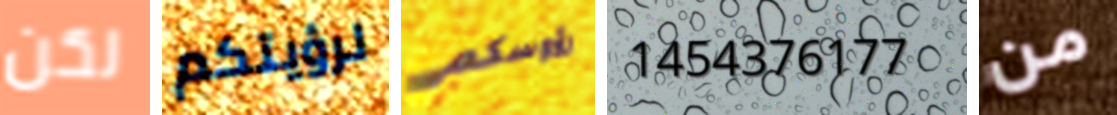
لكن لرؤيتكم رؤوسكم 1454376177 من